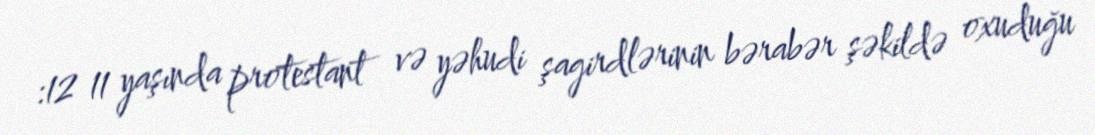
:12 11 yaşında protestant və yəhudi şagirdlərinin bərabər şəkildə oxuduğu